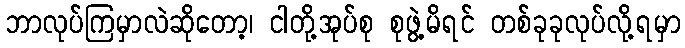
ဘာလုပ်ကြမှာလဲဆိုတော့၊ ငါတို့အုပ်စု စုဖွဲ့မိရင် တစ်ခုခုလုပ်လို့ရမှာ